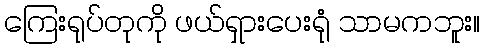
ကြေးရုပ်တုကို ဖယ်ရှားပေးရုံ သာမကဘူး။